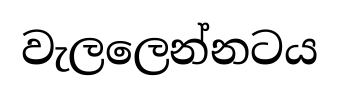
වැලලෙන්නටය